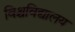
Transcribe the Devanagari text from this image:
विश्चविद्यालय